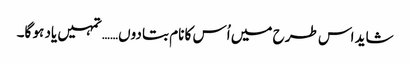
شاید اس طرح میں اُس کا نام بتا دوں…… تمہیں یاد ہو گا۔